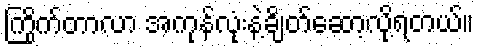
ကြိုက်တာလာ အကုန်လုံးနဲ့ချိတ်ဆော့လို့ရတယ်။